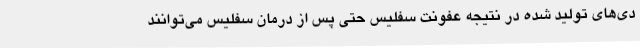
دی‌های تولید شده در نتیجه عفونت سفلیس حتی پس از درمان سفلیس می‌توانند